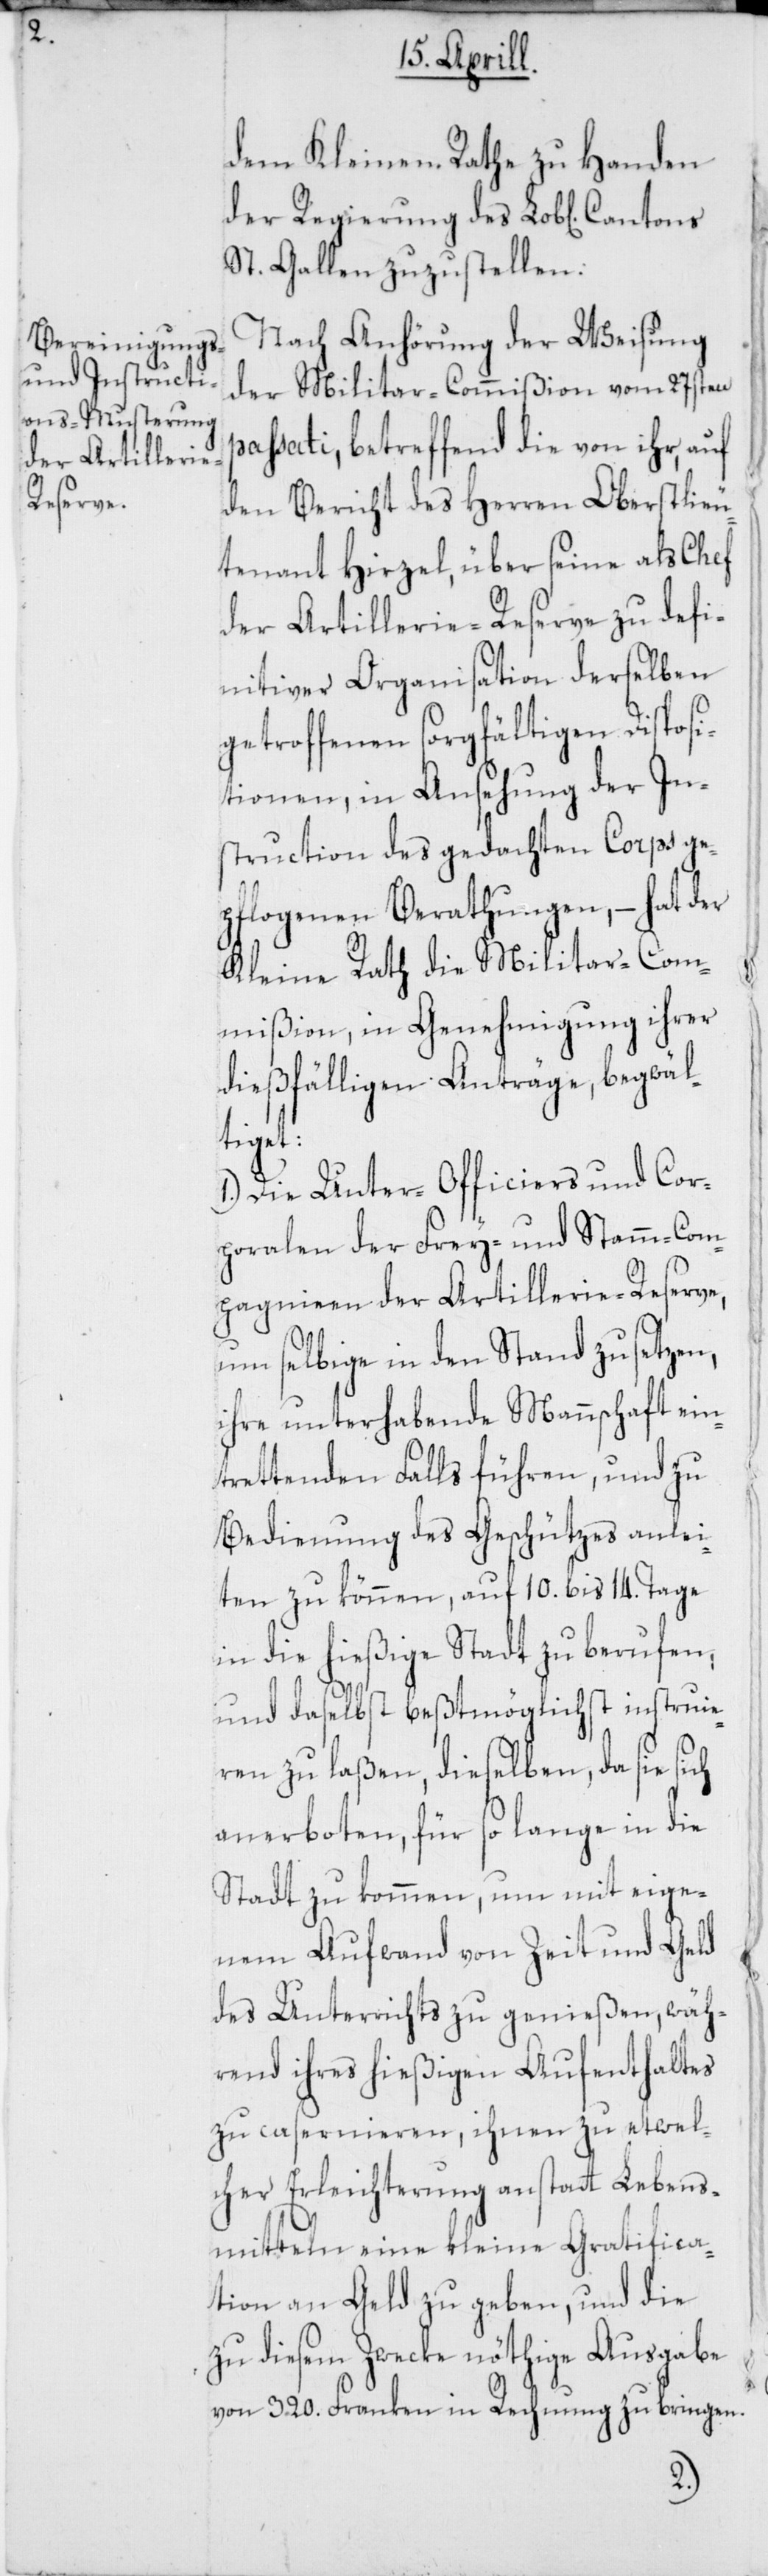
p¬

dem Kleinen Rathe zu Handen
der Regierung des Lob[lichen]
St. Gallen zuzustellen:
Nach Anhörung der Weisung
der Militar-Commißion vom 27sten
assati, betreffend die von ihr, auf
den Bericht des Herren Oberstlieu¬
tenant Hirzel, über seine als Chef
der Artillerie-Reserve zu defi¬
nitiver Organisation derselben
getroffenen sorgfältigen Disposi¬
tionen, in Ansehung der In¬
struction des gedachten Corps ge¬
pflogenen Berathungen, – hat der
Kleine Rath die Militar-Com¬
mißion, in Genehmigung ihrer
dießfälligen Anträge, begwäl¬
tiget:
1.) Die Unter-Officiers und Cor¬
poralen der Frey- und Stamm-Com¬
pagnien der Artillerie-Reserve,
um selbige in den Stand zu setzen,
ihre unterhabende Mannschaft ein¬
trettenden Falls führen, und zu
Bedienung des Geschützes anlei¬
ten zu können, auf 10. bis 14. Tage
in die hießige Stadt zu berufen,
und daselbst beßtmöglichst instruie¬
ren zu laßen, dieselben, da sie sich
anerboten, für so lange in die
Stadt zu kommen, um mit eige¬
nem Aufwand von Zeit und Geld
des Unterrichts zu genießen, wäh¬
rend ihres hießigen Aufenthaltes
zu casernieren, ihnen zu etwel¬
cher Erleichterung anstatt Lebens¬
mitteln eine kleine Gratifica¬
tion an Geld zu geben, und die
zu diesem Zwecke nöthige Ausgabe
von 320. Franken in Rechnung zu bringen.